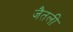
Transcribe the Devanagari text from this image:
जैतली